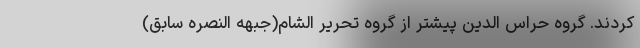
کردند. گروه حراس الدین پیشتر از گروه تحریر الشام(جبهه النصره سابق)